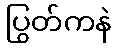
ပြွတ်ကနဲ